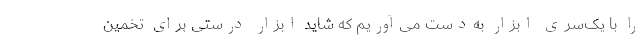
را با یک‌سری ابزار به‌دست می‌آوریم که شاید ابزار درستی برای تخمین